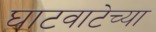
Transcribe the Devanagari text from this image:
घाटवाटेच्या